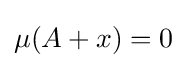
\mu (A+x)=0